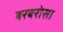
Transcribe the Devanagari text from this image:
बरबरोसा